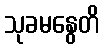
သုခမနွေတိ